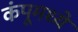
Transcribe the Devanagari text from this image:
कंपूमध्ये